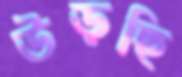
উড়ছি